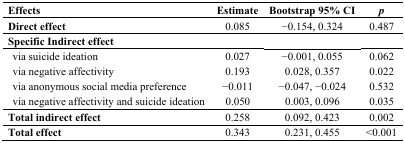
<table><thead><tr><td><b>Effects</b></td><td><b>Estimate</b></td><td><b>Bootstrap 95% CI</b></td><td><b><i>p</i></b></td></tr></thead><tbody><tr><td><b>Direct effect</b></td><td>0.085</td><td>−0.154, 0.324</td><td>0.487</td></tr><tr><td><b>Specific Indirect effect</b></td><td></td><td></td><td></td></tr><tr><td> via suicide ideation</td><td>0.027</td><td>−0.001, 0.055</td><td>0.062</td></tr><tr><td> via negative affectivity</td><td>0.193</td><td>0.028, 0.357</td><td>0.022</td></tr><tr><td> via anonymous social media preference</td><td>−0.011</td><td>−0.047, −0.024</td><td>0.532</td></tr><tr><td> via negative affectivity and suicide ideation</td><td>0.050</td><td>0.003, 0.096</td><td>0.035</td></tr><tr><td><b>Total indirect effect</b></td><td>0.258</td><td>0.092, 0.423</td><td>0.002</td></tr><tr><td><b>Total effect</b></td><td>0.343</td><td>0.231, 0.455</td><td>&lt;0.001</td></tr></tbody></table>